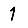
Digit: 1